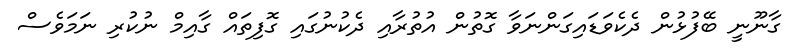
ގާނޫނީ ބޭފުޅުން ދެކެވަޑައިގަންނަވާ ގޮތުން އުތުރާއި ދެކުނުގައި ގޮފިތައް ގާއިމް ނުކުރި ނަމަވެސް